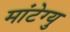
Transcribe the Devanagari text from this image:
मांटेग्यु